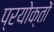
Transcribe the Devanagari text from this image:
प्रयोक्तों